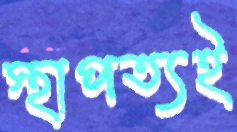
স্থাপত্যই